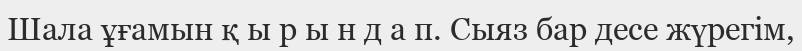
Шала ұғамын қ ы р ы н д а п. Сыяз бар десе жүрегім,